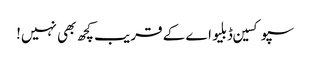
سپوکسین ڈبلیو اے کے قریب کچھ بھی نہیں!